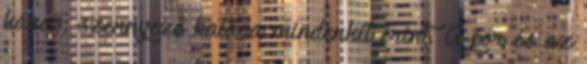
káros, szennyező hatása mindenkit érint. A por és az